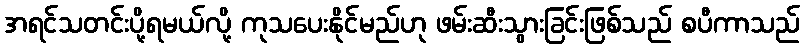
အရင်သတင်းပို့ရမယ်လို့ ကုသပေးနိုင်မည်ဟု ဖမ်းဆီးသွားခြင်းဖြစ်သည် စပီကာသည်